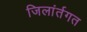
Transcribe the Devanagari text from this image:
जिलांर्तगत